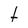
Character: t